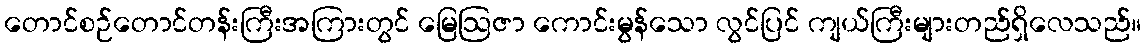
တောင်စဉ်တောင်တန်းကြီးအကြားတွင် မြေဩဇာ ကောင်းမွန်သော လွင်ပြင် ကျယ်ကြီးများတည်ရှိလေသည်။